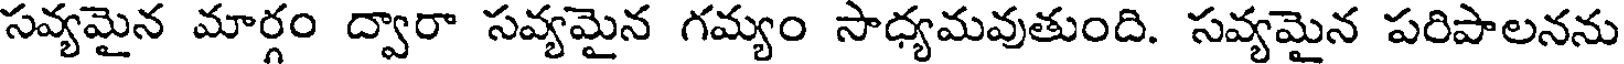
సవ్యమైన మార్గం ద్వారా సవ్యమైన గమ్యం సాధ్యమవుతుంది. సవ్యమైన పరిపాలనను